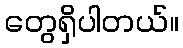
တွေရှိပါတယ်။